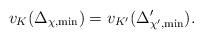
LaTeX: \begin{align*}v_K (\Delta_{\chi, \min}) = v_{K'} (\Delta'_{\chi', \min}).\end{align*}